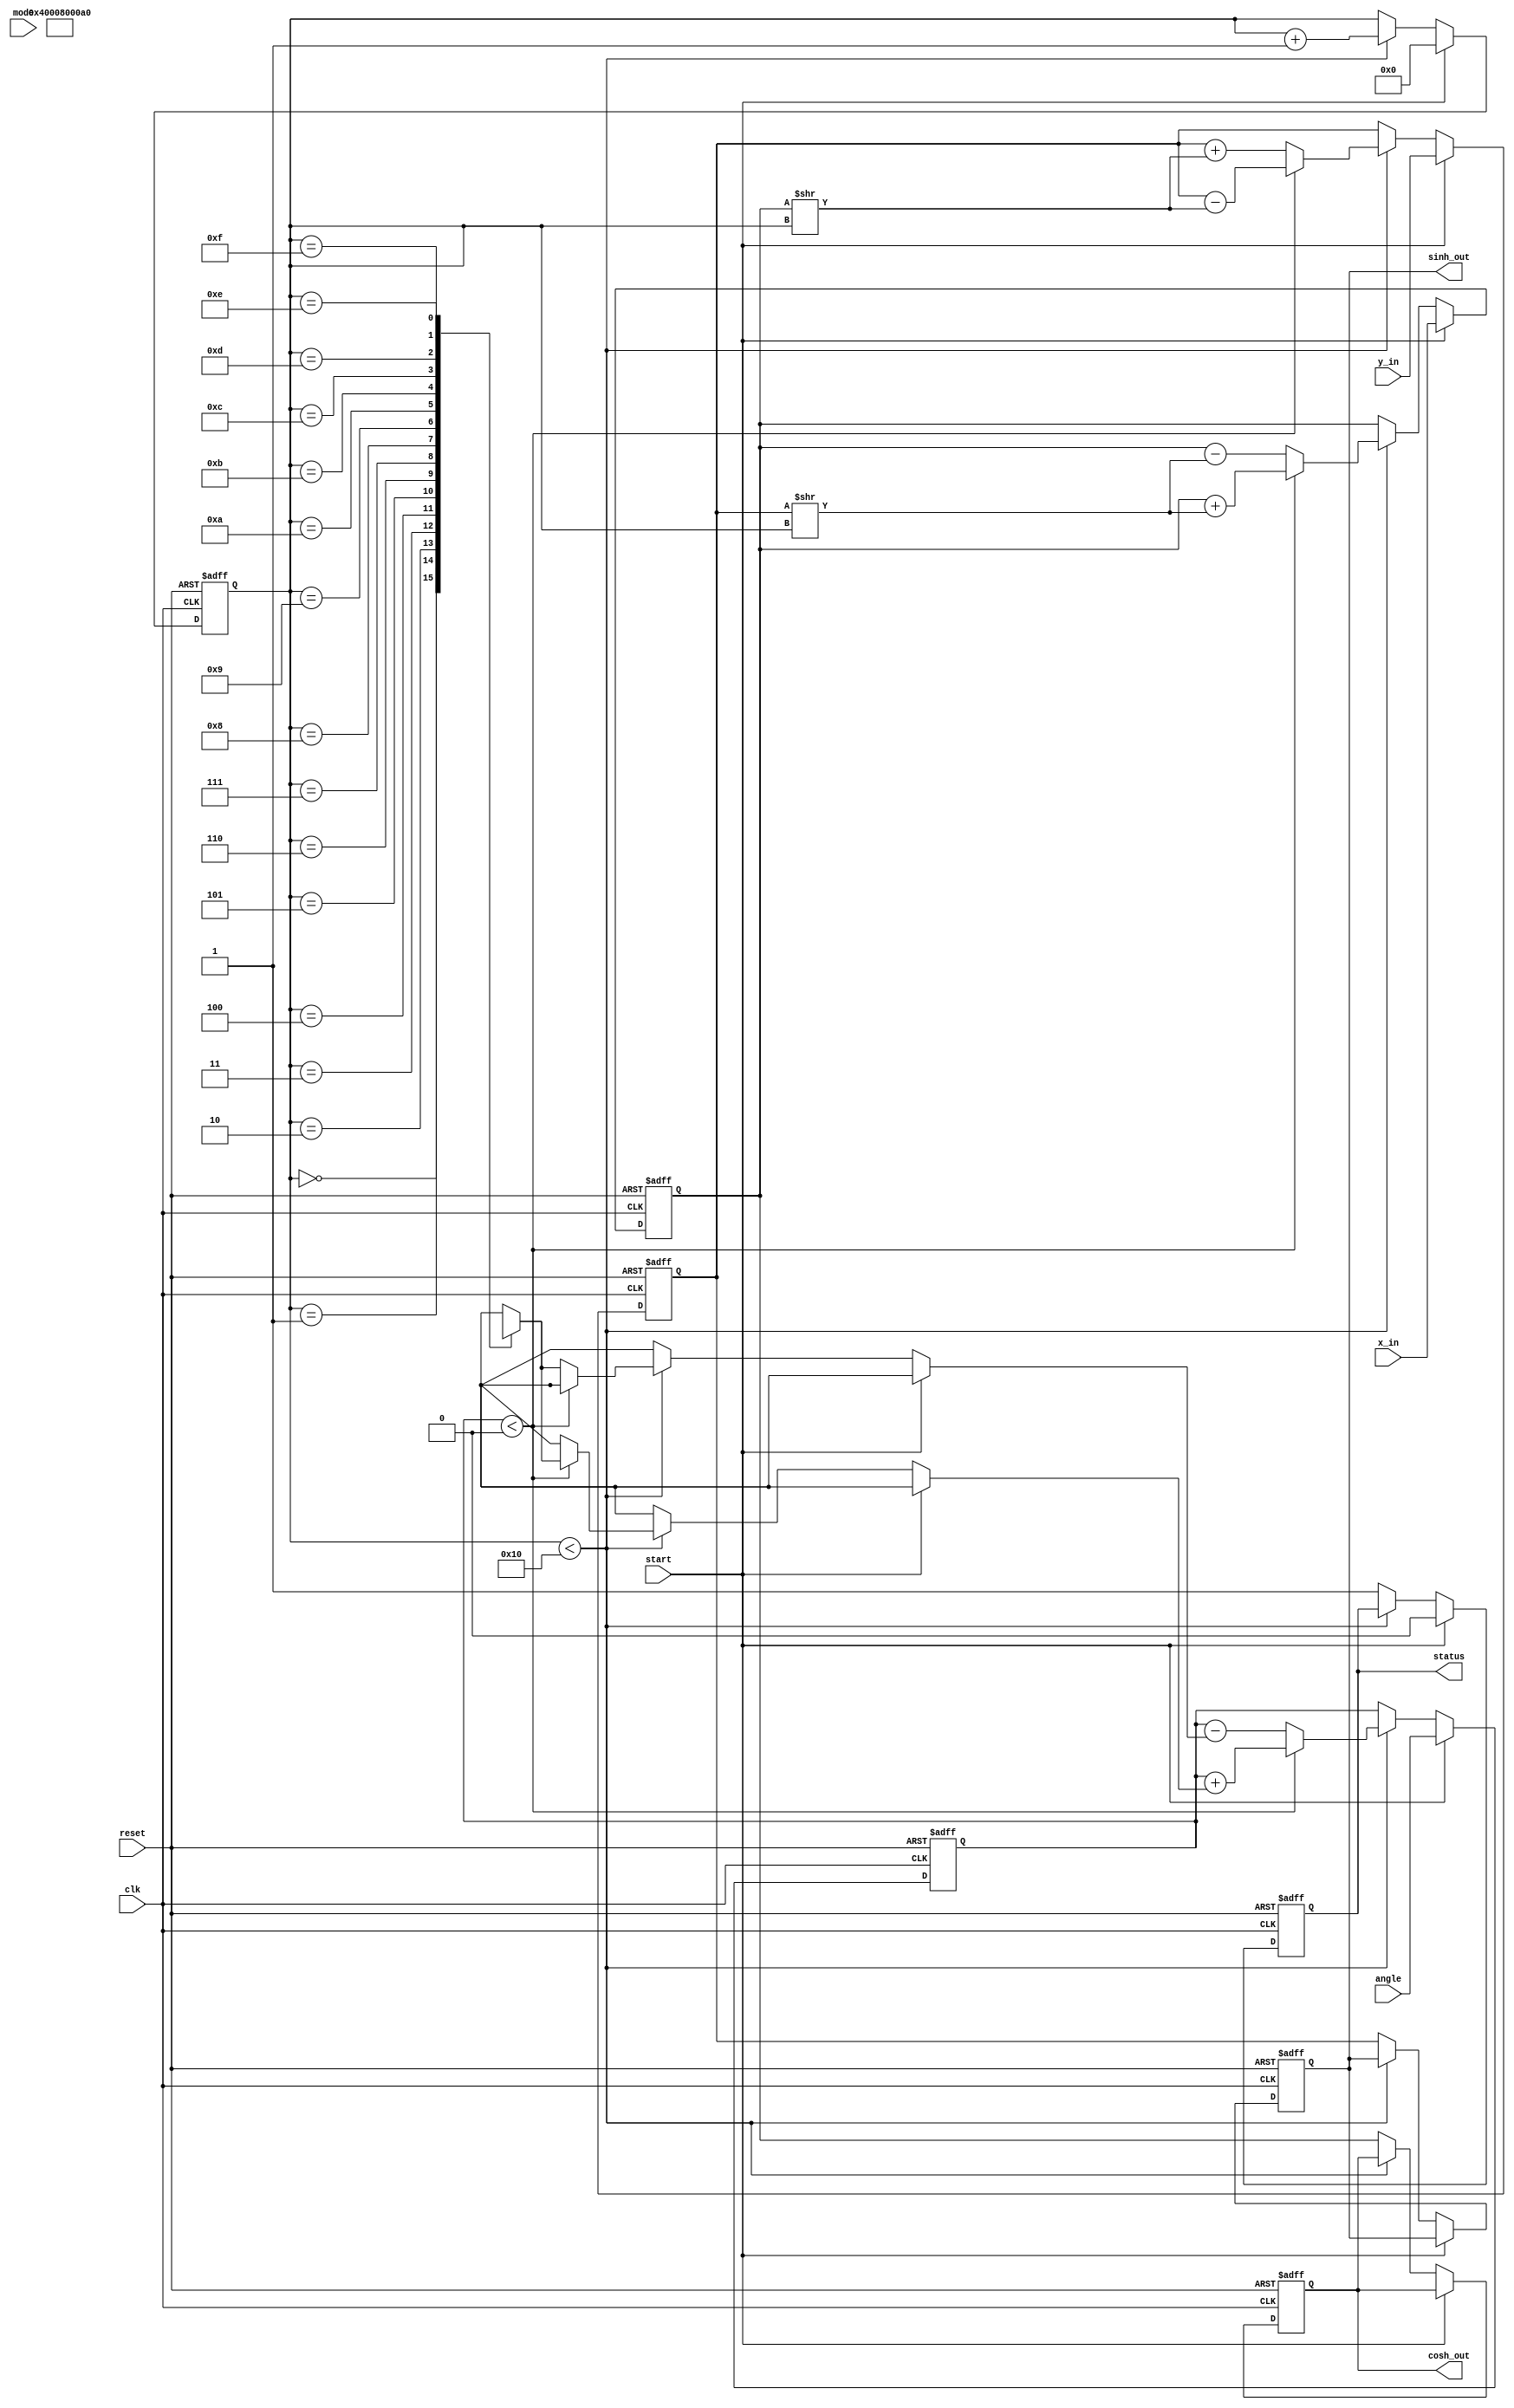
module hyperbolic_cordic(
    input wire clk,
    input wire reset,
    input wire start,
    input wire [15:0] x_in,     // Fixed-point representation of X
    input wire [15:0] y_in,     // Fixed-point representation of Y
    input wire [15:0] angle,     // Angle in radians
    input wire mode,             // Mode: 0 for circular, 1 for hyperbolic
    output reg [15:0] sinh_out,  // Output for sinh(X)
    output reg [15:0] cosh_out,  // Output for cosh(X)
    output reg status            // Status signal indicating completion
);

    // Define parameters
    parameter N_ITERATIONS = 16; // Number of iterations
    parameter FIXED_POINT_SCALE = 16'h10000; // Scale for fixed-point representation (2^16)

    // Internal registers
    reg [15:0] x, y;
    reg [15:0] z;
    reg [3:0] iteration_count;
    wire [15:0] angle_table [0:N_ITERATIONS-1]; // Angle lookup table
    
    // Populate the angle lookup table with arctanh values
    initial begin
        angle_table[0] = 16'h0000; // arctanh(1/2^0) => 0
        angle_table[1] = 16'h0040; // arctanh(1/2^1) => approx 0.4142
        angle_table[2] = 16'h0080; // arctanh(1/2^2) => approx 0.4636
        // Further angles can be added as needed...
        angle_table[3] = 16'h00A0; // for example
        // Continue to fill the lookup table with values for the iterations
    end

    // Control logic
    always @(posedge clk or posedge reset) begin
        if (reset) begin
            x <= 16'd0;
            y <= 16'd0;
            z <= 16'd0;
            iteration_count <= 4'd0;
            sinh_out <= 16'd0;
            cosh_out <= 16'd0;
            status <= 1'b0;
        end else if (start) begin
            x <= x_in;
            y <= y_in;
            z <= angle;
            iteration_count <= 0;
            status <= 1'b0;
        end else if (iteration_count < N_ITERATIONS) begin
            if (z < 0) begin // Rotate in the negative direction
                x <= x + (y >> iteration_count);
                y <= y - (x >> iteration_count);
                z <= z + angle_table[iteration_count];
            end else begin // Rotate in the positive direction
                x <= x - (y >> iteration_count);
                y <= y + (x >> iteration_count);
                z <= z - angle_table[iteration_count];
            end
            iteration_count <= iteration_count + 1;
        end else begin
            sinh_out <= y; // Output for sinh(X)
            cosh_out <= x; // Output for cosh(X)
            status <= 1'b1; // Indicate completion
        end
    end

endmodule